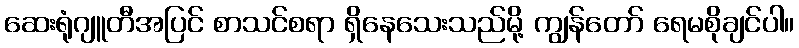
ဆေးရုံဂျူတီအပြင် စာသင်စရာ ရှိနေသေးသည်မို့ ကျွန်တော် ရေမစိုချင်ပါ။